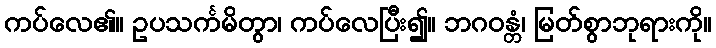
ကပ်လေ၏။ ဥပသင်္ကမိတွာ၊ ကပ်လေပြီး၍။ ဘဂဝန္တံ၊ မြတ်စွာဘုရားကို။